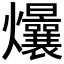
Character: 𤓢